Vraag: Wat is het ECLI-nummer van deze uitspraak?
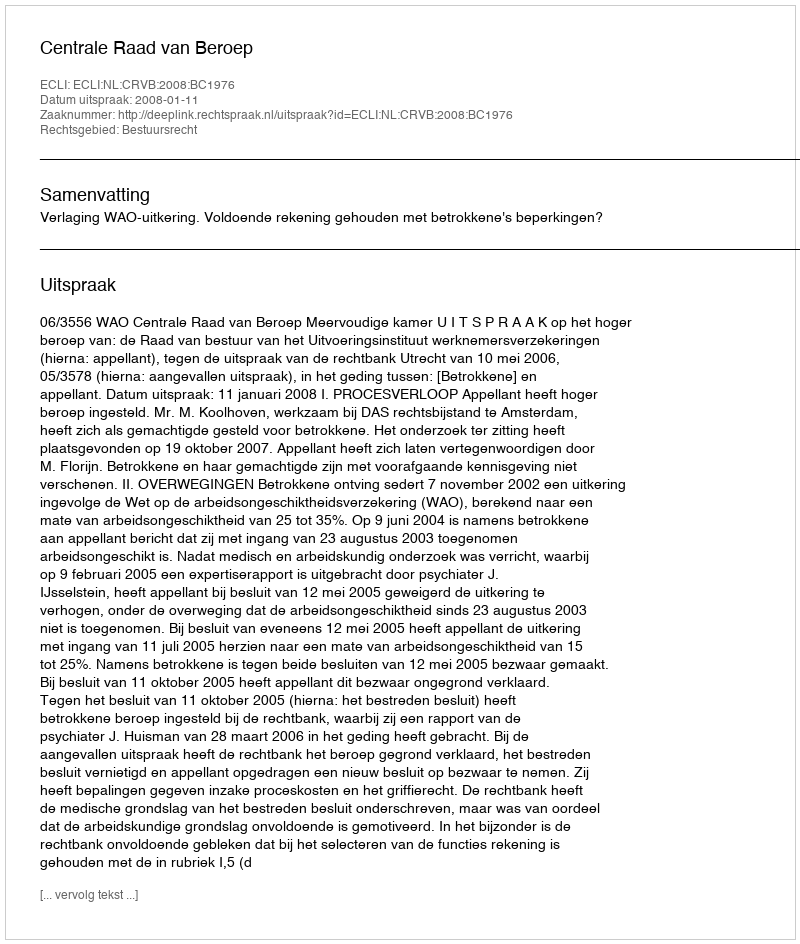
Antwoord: ECLI:NL:CRVB:2008:BC1976